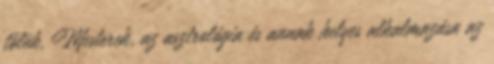
tőlük. Mesterek, az asztrológia és annak helyes alkalmazása az